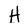
Character: H